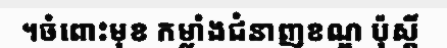
។ចំពោះមុខ កម្លាំងជំនាញខណ្ឌ ប៉ុស្តិ៍